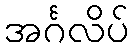
အင်္ဂလိပ်